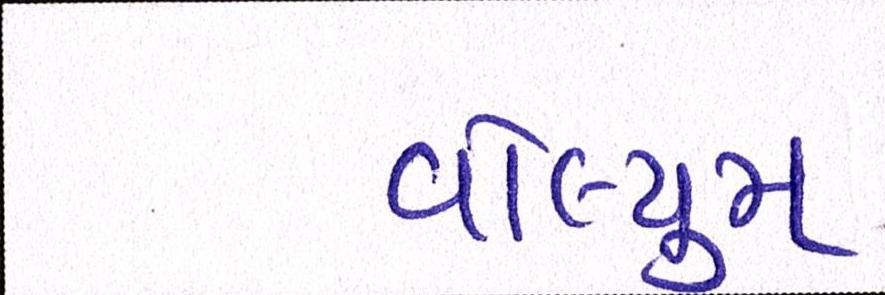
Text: વોલ્યુમ